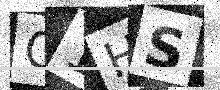
Text: O1HS